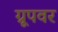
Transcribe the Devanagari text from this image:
ग्रूपवर